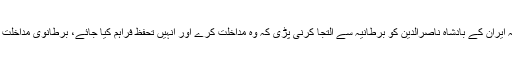
ہزارہ کی نسل کشی اتنی منظم اور تکلیف دہ تھی کہ ایران کے بادشاہ ناصرالدین کو برطانیہ سے التجا کرنی پڑی کہ وہ مداخلت کرے اور انہیں تحفظ فراہم کیا جائے، برطانوی مداخلت کے بعد امیرعبدالرحمان نے اپنی فوج واپس بلائی۔